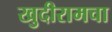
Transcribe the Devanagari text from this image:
खुदीरामचा